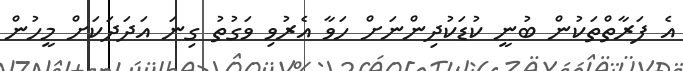
އެ ފަރާތްތަކުން ބުނީ ކުޑަކުދިންނަށް ހަވާ އެރުވި ވަގުތު ގިނަ އަދަދަކަށް މީހުން